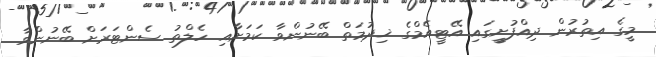
މީގެ އިތުރުން ދިއްފުށީގައި އޭޓީއެމްގެ ޚިދުމަތް ބޭނުންވާ ކަމަށާއި ހެލްތު ސެންޓަރަށް ބޭނުންވާ